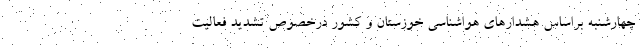
چهارشنبه براساس هشدارهای هواشناسی خوزستان و کشور درخصوص تشدید فعالیت